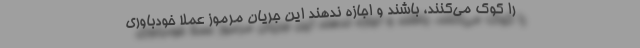
را کوک می‌کنند، باشند و اجازه ندهند این جریان مرموز عملاً خودباوری